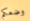
وضعكم